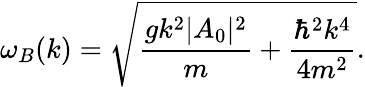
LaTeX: \omega_{B}(k)=\sqrt{\frac{gk^{2}\lvert A_{0}\rvert^{2}}{m}+\frac{\hbar^{2}k^{4}}{4m^{2}}}.